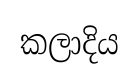
කලාදිය